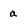
Character: a